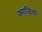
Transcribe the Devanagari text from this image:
नमाज़ियों